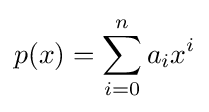
p(x)=\sum _{i=0}^{n}a_{i}x^{i}